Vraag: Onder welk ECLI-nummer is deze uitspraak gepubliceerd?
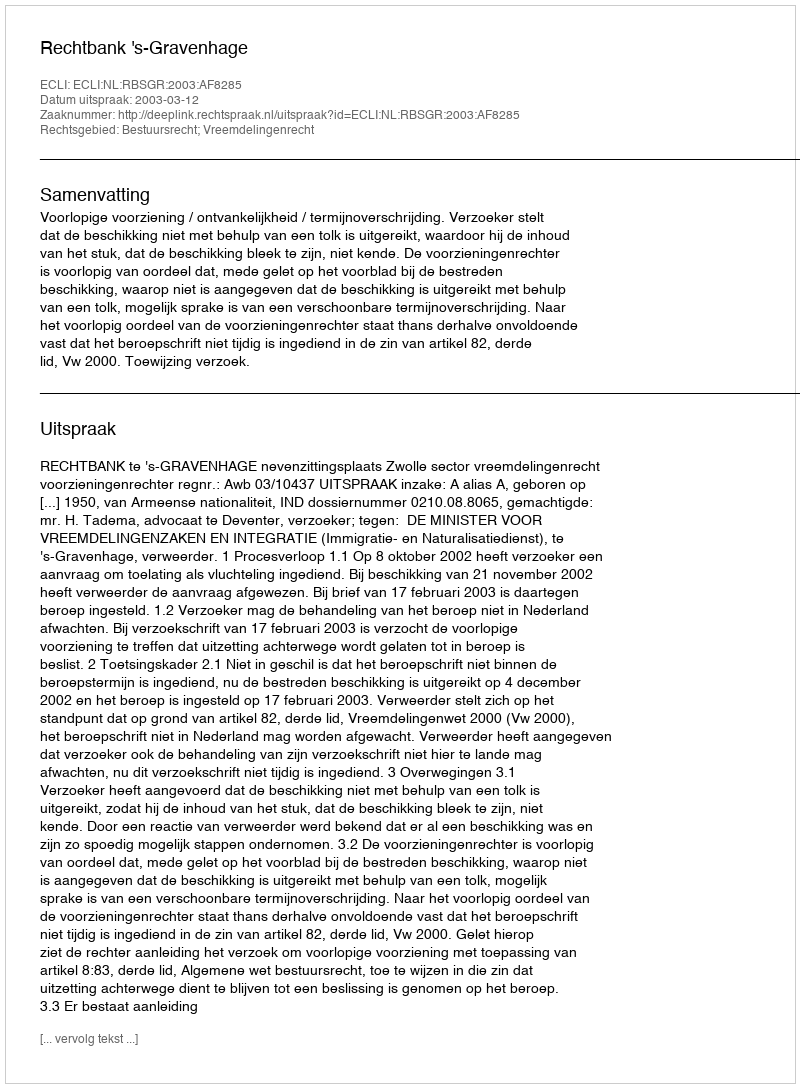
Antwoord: ECLI:NL:RBSGR:2003:AF8285